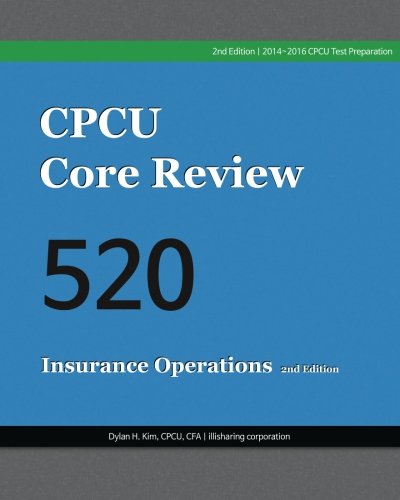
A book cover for CPCU Core Review 520, Insurance Operations, 2nd Edition; Dylan H. Kim CPCU; Business & Money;